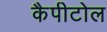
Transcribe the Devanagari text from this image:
कैपीटोल